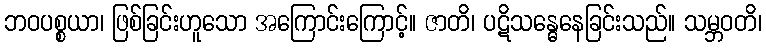
ဘဝပစ္စယာ၊ ဖြစ်ခြင်းဟူသော အကြောင်းကြောင့်။ ဇာတိ၊ ပဋိသန္ဓေနေခြင်းသည်။ သမ္ဘဝတိ၊